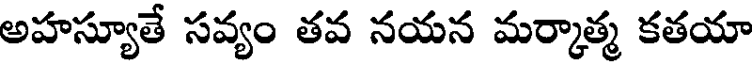
అహస్యూతే సవ్యం తవ నయన మర్మాత్మ కతయా